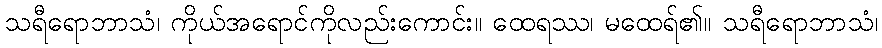
သရီရောဘာသံ၊ ကိုယ်အရောင်ကိုလည်းကောင်း။ ထေရဿ၊ မထေရ်၏။ သရီရောဘာသံ၊